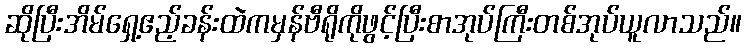
ဆိုပြီးအိမ်ရှေ့ဧည့်ခန်းထဲကမှန်ဗီရိုကိုဖွင့်ပြီးစာအုပ်ကြီးတစ်အုပ်ယူလာသည်။